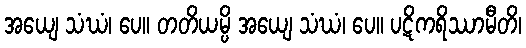
အယျေ သံဃံ၊ ပေ။ တတိယမ္ပိ အယျေ သံဃံ၊ ပေ။ ပဋိကရိဿာမီတိ၊